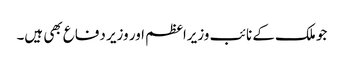
جو ملک کے نائب وزیراعظم اور وزیر دفاع بھی ہیں۔